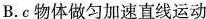
B.c物体做匀加速直线运动